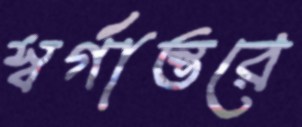
স্বর্গান্তরে